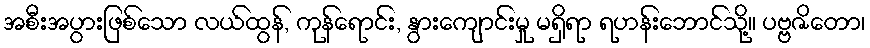
အစီးအပွားဖြစ်သော လယ်ထွန်, ကုန်ရောင်း, နွားကျောင်းမှု မရှိရာ ရဟန်းဘောင်သို့။ ပဗ္ဗဇိတော၊